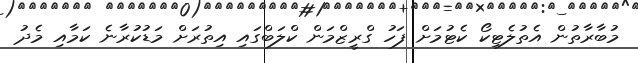
މުބާރާތުން އެތުލެޓިކޯ ކެޓުމަށް ފަހު ގްރީޒްމަން ކްލަބްގައި އިތުރަށް މަޑުކުރާނެ ކަމާއި މެދު